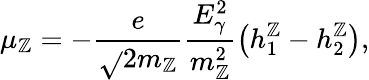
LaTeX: \mu_{\mathbb{Z}}=-\frac{{e}}{{\sqrt{}{{2}}m_{\mathbb{Z}}}}\frac{{E_{\gamma}^{2}}}{{m_{\mathbb{Z}}^{2}}}\left(h_{1}^{\mathbb{Z}}-h_{2}^{\mathbb{Z}}\right),